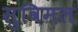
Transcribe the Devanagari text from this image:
सुविमल